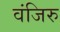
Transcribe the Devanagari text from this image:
वंजिरु